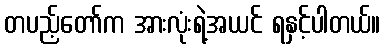
တပည့်တော်က အားလုံးရဲ့အယင် ရနှင့်ပါတယ်။